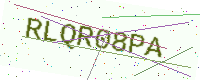
Text: RLQR08PA